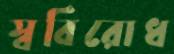
স্ববিরোধ